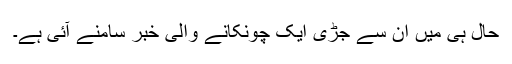
حال ہی میں ان سے جڑی ایک چونکانے والی خبر سامنے آئی ہے۔